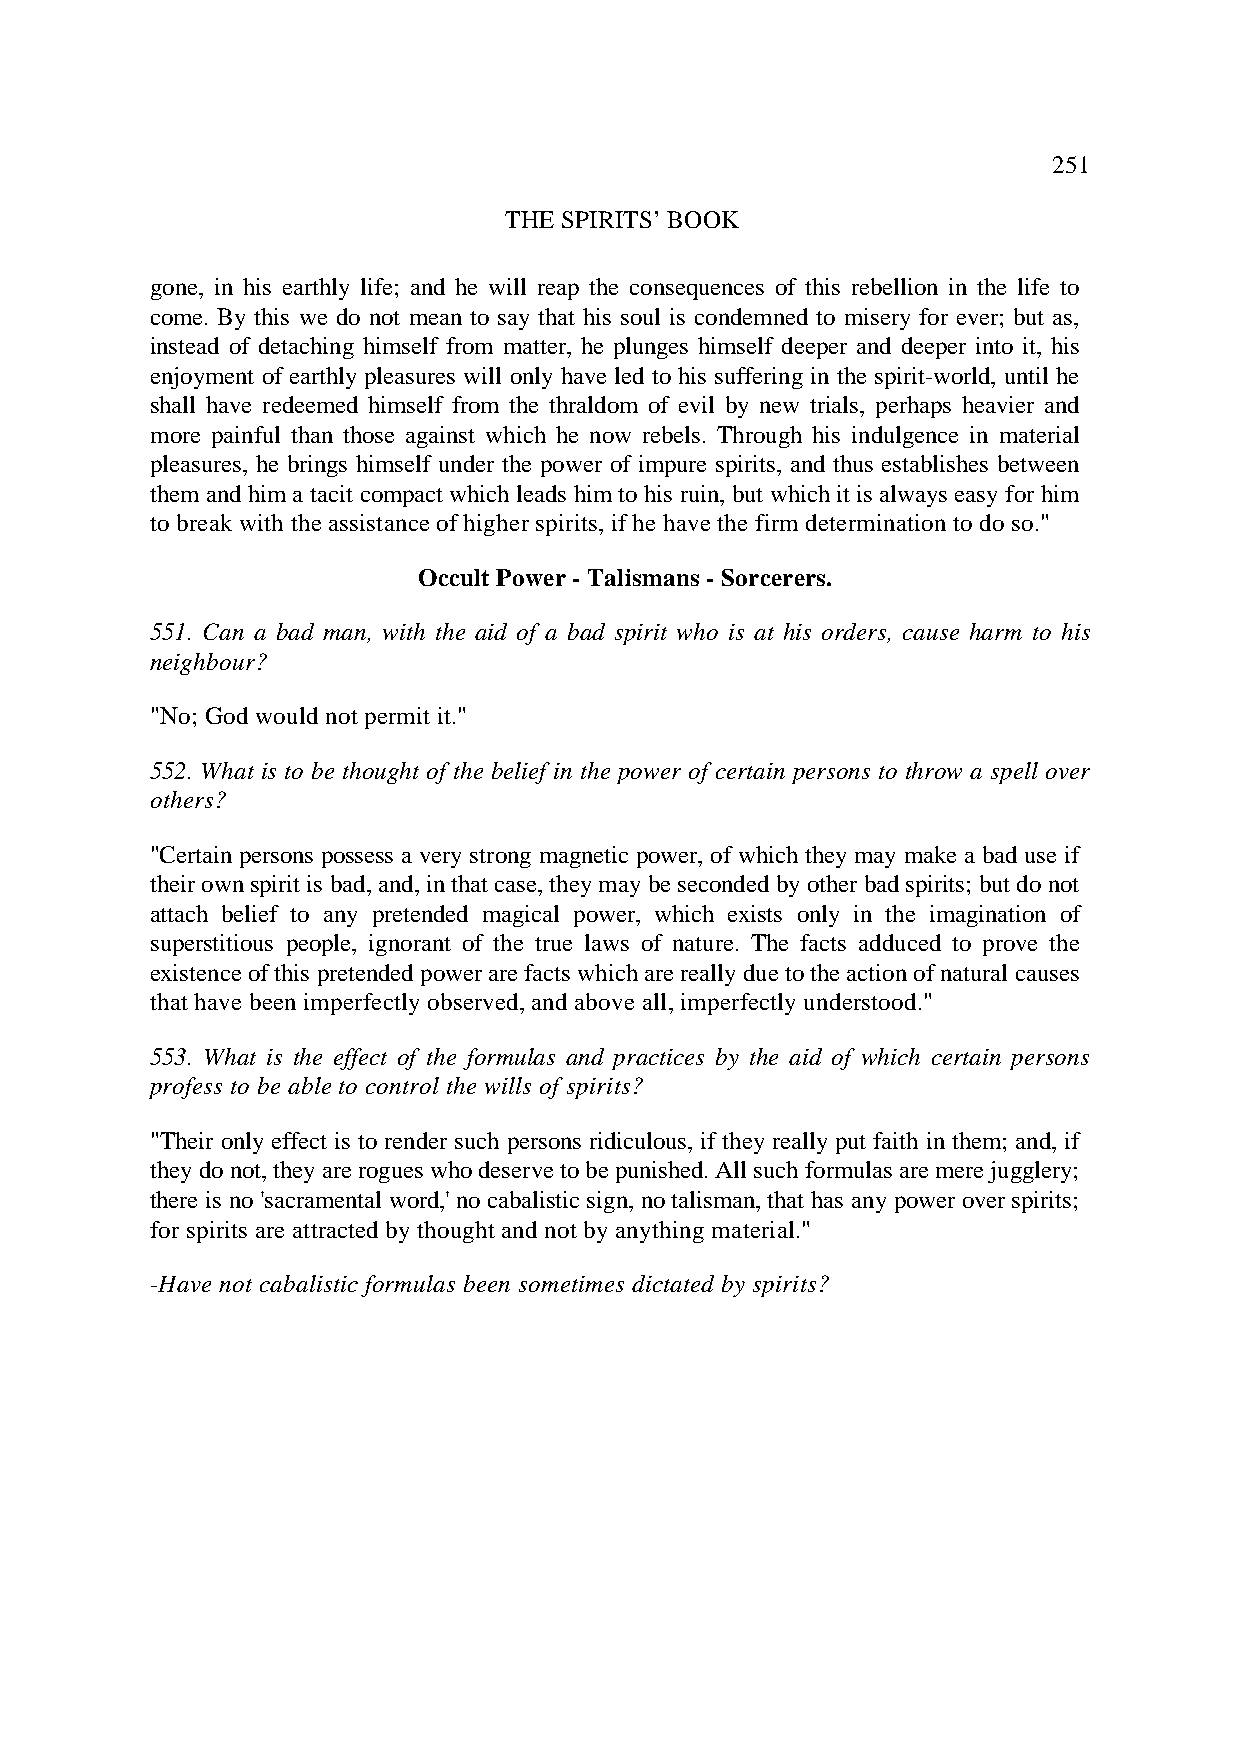
251
 THE SPIRITS’ BOOK
 gone, in his earthly life; and he will reap the consequences of this rebellion in the life to
 come. By this we do not mean to say that his soul is condemned to misery for ever; but as,
 instead of detaching himself from matter, he plunges himself deeper and deeper into it, his
 enjoyment of earthly pleasures will only have led to his suffering in the spirit-world, until he
 shall have redeemed himself from the thraldom of evil by new trials, perhaps heavier and
 more painful than those against which he now rebels. Through his indulgence in material
 pleasures, he brings himself under the power of impure spirits, and thus establishes between
 them and him a tacit compact which leads him to his ruin, but which it is always easy for him
 to break with the assistance of higher spirits, if he have the firm determination to do so."
 Occult Power - Talismans - Sorcerers.
 551. Can a bad man, with the aid of a bad spirit who is at his orders, cause harm to his
 neighbour?
 "No; God would not permit it."
 552. What is to be thought of the belief in the power of certain persons to throw a spell over
 others?
 "Certain persons possess a very strong magnetic power, of which they may make a bad use if
 their own spirit is bad, and, in that case, they may be seconded by other bad spirits; but do not
 attach belief to any pretended magical power, which exists only in the imagination of
 superstitious people, ignorant of the true laws of nature. The facts adduced to prove the
 existence of this pretended power are facts which are really due to the action of natural causes
 that have been imperfectly observed, and above all, imperfectly understood."
 553. What is the effect of the formulas and practices by the aid of which certain persons
 profess to be able to control the wills of spirits?
 "Their only effect is to render such persons ridiculous, if they really put faith in them; and, if
 they do not, they are rogues who deserve to be punished. All such formulas are mere jugglery;
 there is no 'sacramental word,' no cabalistic sign, no talisman, that has any power over spirits;
 for spirits are attracted by thought and not by anything material."
 -Have not cabalistic formulas been sometimes dictated by spirits?